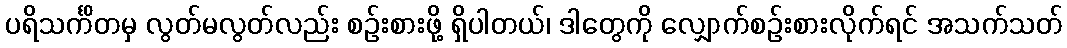
ပရိသင်္ကိတမှ လွတ်မလွတ်လည်း စဉ်းစားဖို့ ရှိပါတယ်၊ ဒါတွေကို လျှောက်စဉ်းစားလိုက်ရင် အသက်သတ်